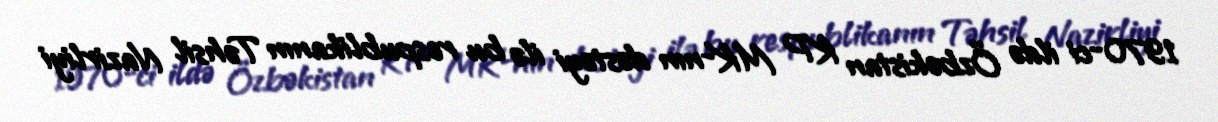
1970-ci ildə Özbəkistan KP MK-nın dəstəyi ilə bu respublikanın Təhsil Nazirliyi